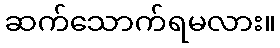
ဆက်သောက်ရမလား။